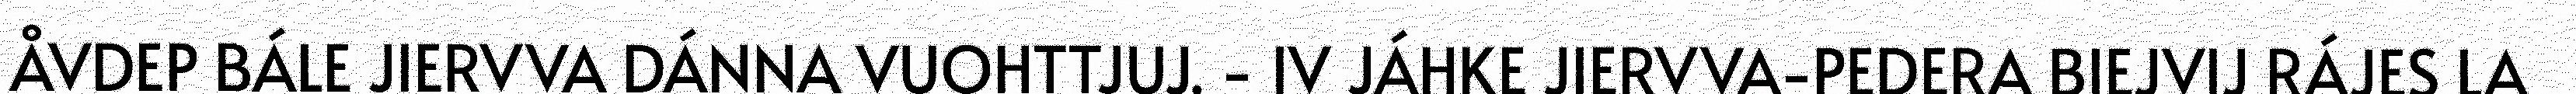
ÅVDEP BÁLE JIERVVA DÁNNA VUOHTTJUJ. - IV JÁHKE JIERVVA-PEDERA BIEJVIJ RÁJES LA